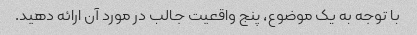
با توجه به یک موضوع، پنج واقعیت جالب در مورد آن ارائه دهید.